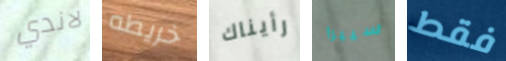
لاندي خريطه رأيناك سييرا فقط